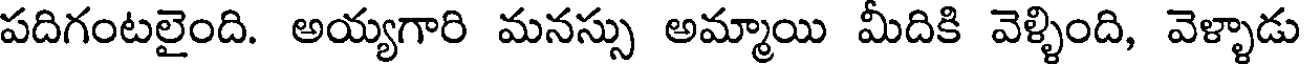
పదిగంటలైంది. అయ్యగారి మనస్సు అమ్మాయి మీదికి వెళ్ళింది, వెళ్ళాడు